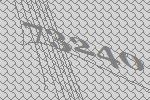
73240